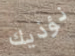
نؤذيك